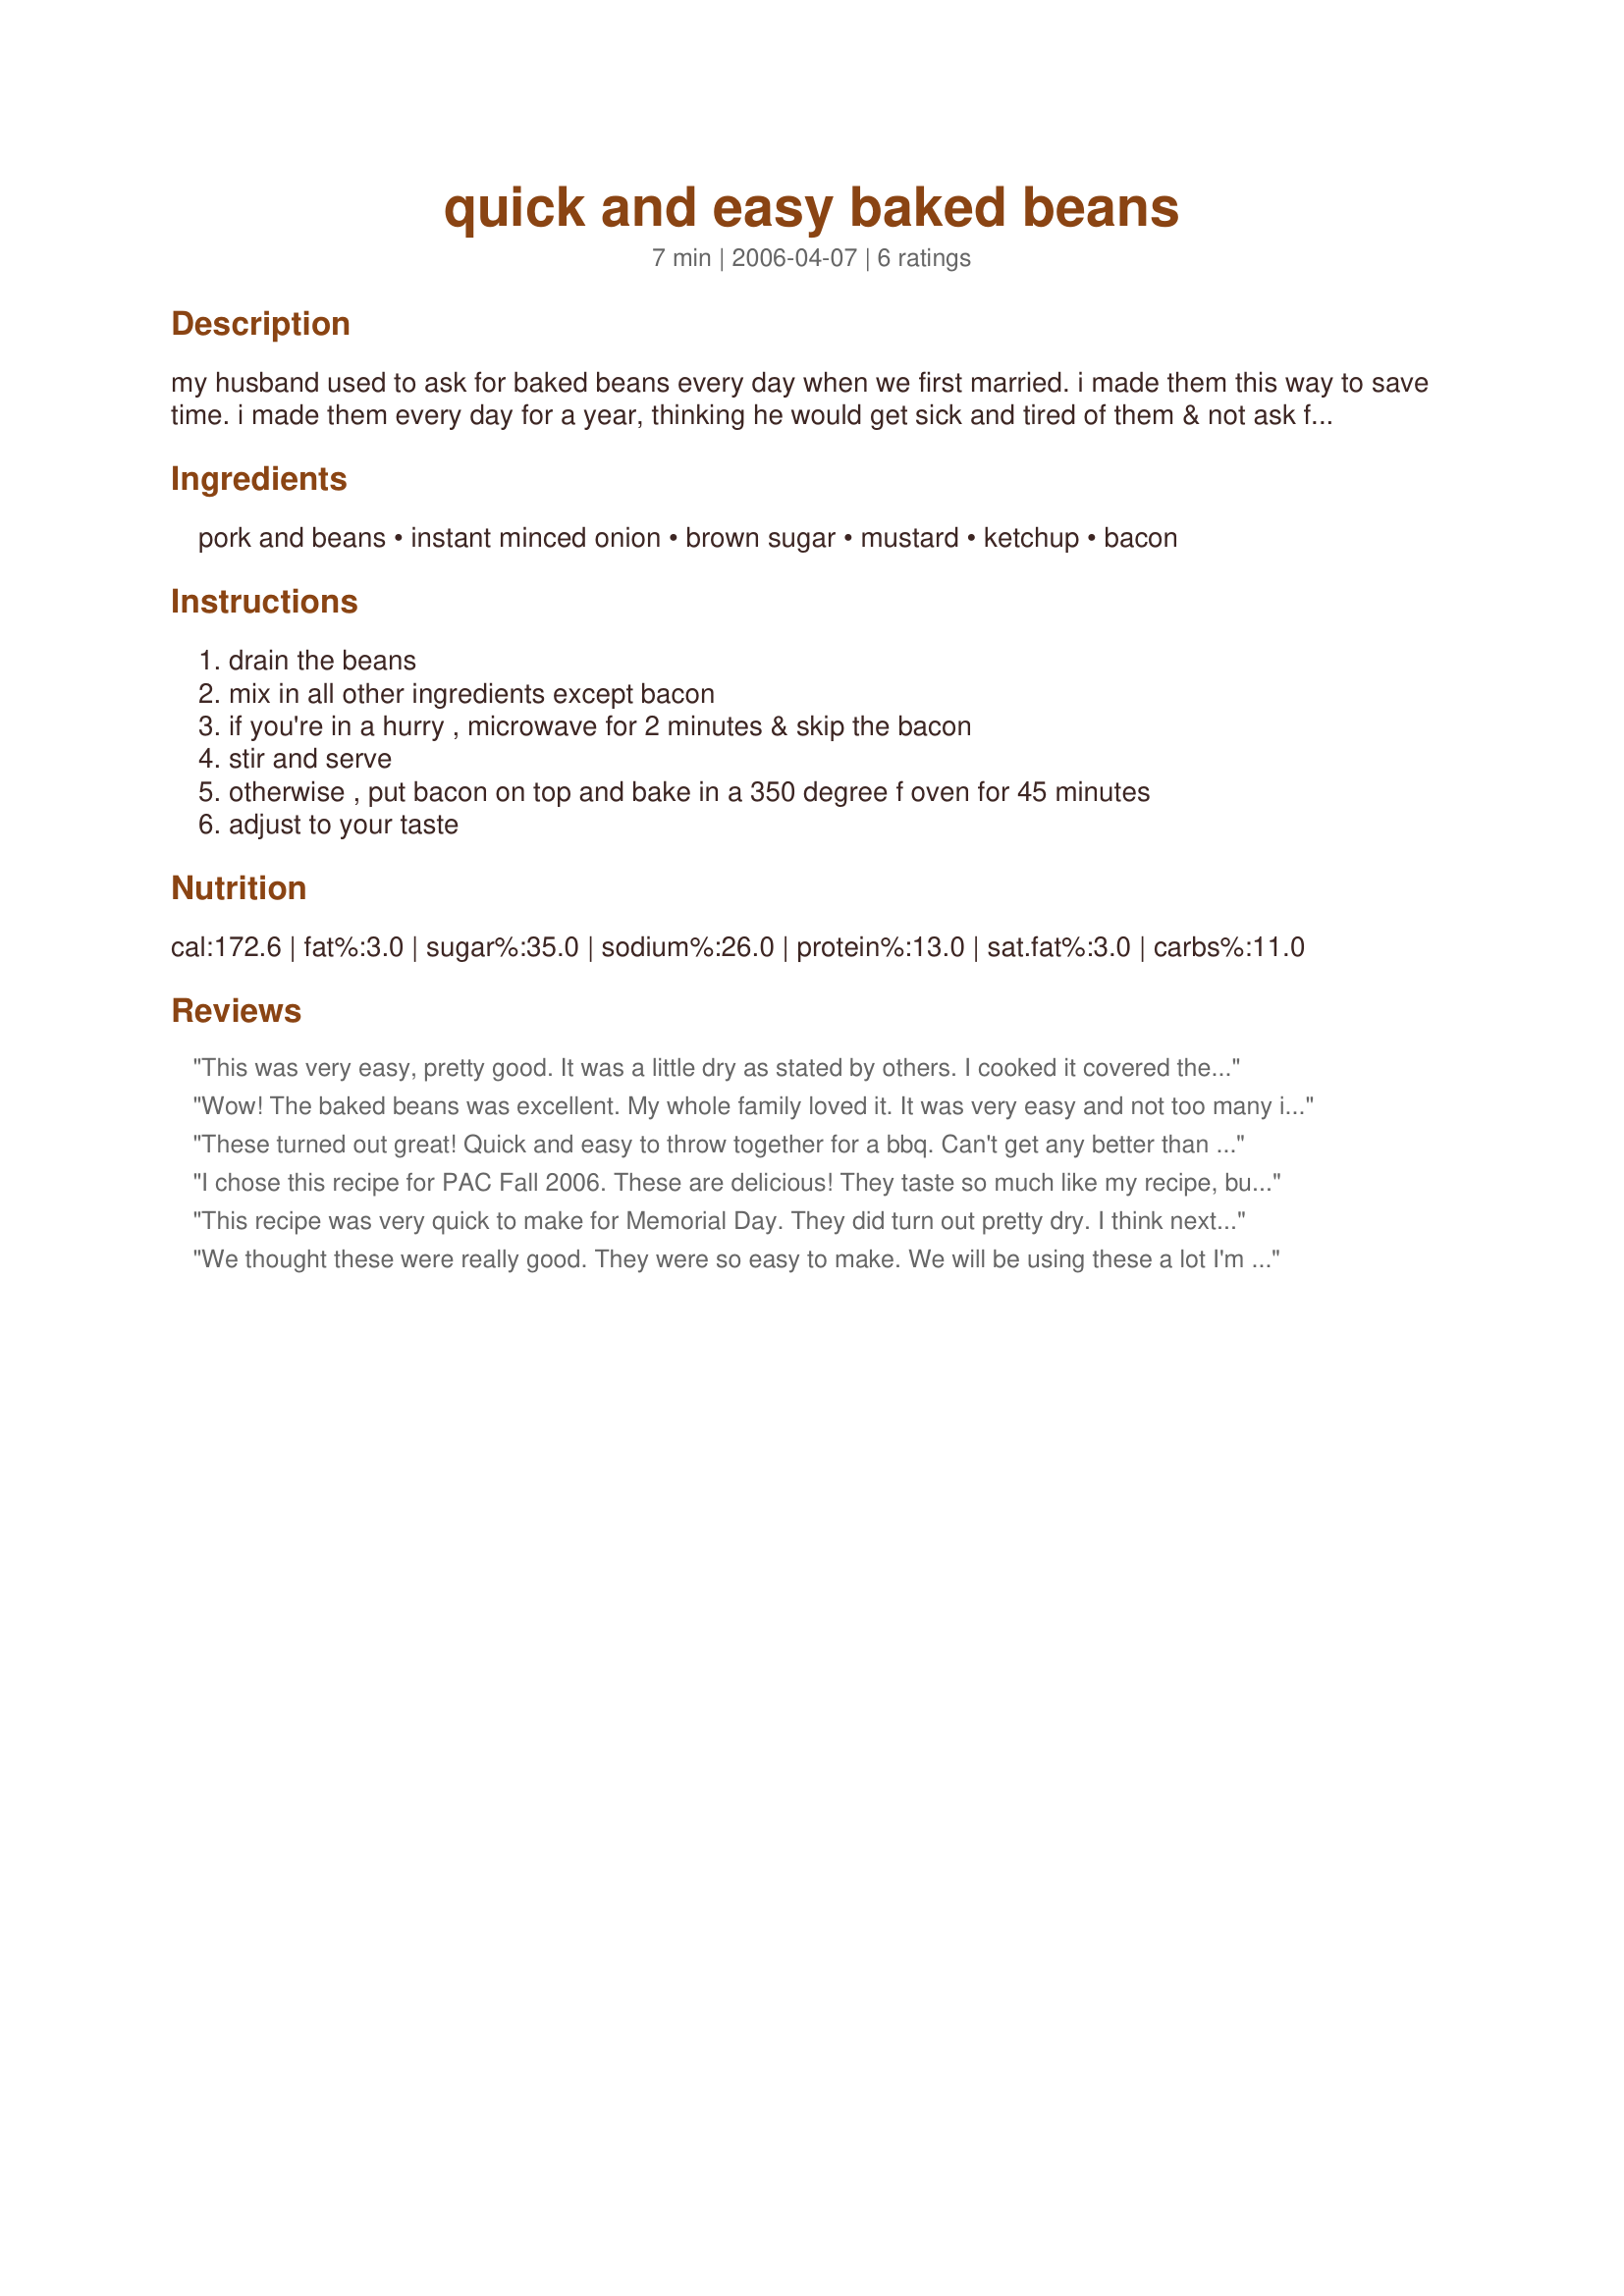
quick and easy baked beans
Preparation time: 7 minutes

my husband used to ask for baked beans every day when we first married. i made them this way to save time. i made them every day for a year, thinking he would get sick and tired of them & not ask for them all the time. after 24 years of marriage, this is still one of his favorite dishes.

Ingredients:
pork and beans, instant minced onion, brown sugar, mustard, ketchup, bacon

Steps:
drain the beans, mix in all other ingredients except bacon, if you're in a hurry , microwave for 2 minutes & skip the bacon, stir and serve, otherwise , put bacon on top and bake in a 350 degree f oven for 45 minutes, adjust to your taste

Reviews:
This was very easy, pretty good. It was a little dry as stated by others. I cooked it covered the whole time. Thank you very much, I will use again for a quick fix.
Wow! The baked beans was excellent. My whole family loved it. It was very easy and not too many ingredients. I had used real bacon bits and it came out great! I will definitely be making this again. Thanks for posting.
These turned out great! Quick and easy to throw together for a bbq. Can't get any better than that!
I chose this recipe for PAC Fall 2006. These are delicious! They taste so much like my recipe, but less ingredients and easier. I strongly suggest doubling, or even tripling the recipe. Also to leave a little of the juice in the can. DH and I both devoured these in one sitting. I can pass this recipe to my sisters who have a hard time duplicating mine. Thank you CaramelPie!!!
This recipe was very quick to make for Memorial Day. They did turn out pretty dry. I think next time I will not drain the beans and will possibly cover for 30 minutes and uncover for the last 15. They had very good flavor that my DH liked. Will try again.
We thought these were really good. They were so easy to make. We will be using these a lot I'm sure. Thanks for posting.
